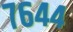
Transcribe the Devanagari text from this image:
७६४४